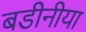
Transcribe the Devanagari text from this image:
बडीनीया